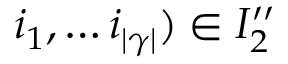
i _ { 1 } , \dots i _ { | \gamma | } ) \in I _ { 2 } ^ { \prime \prime }